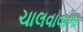
ચાલવાવાળા